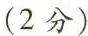
(2分)